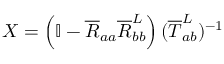
X = \left( \mathbb { I } - \overline { { R } } _ { a a } \overline { { R } } _ { b b } ^ { L } \right) ( \overline { { T } } _ { a b } ^ { L } ) ^ { - 1 }